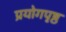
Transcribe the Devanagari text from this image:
प्रयोगपृष्ठ